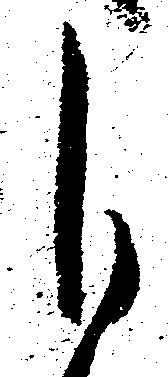
自